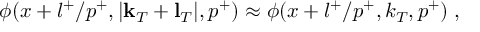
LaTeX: \phi ( x + l ^ { + } / p ^ { + } , | { \bf k } _ { T } + { \bf l } _ { T } | , p ^ { + } ) \approx \phi ( x + l ^ { + } / p ^ { + } , k _ { T } , p ^ { + } ) \; ,